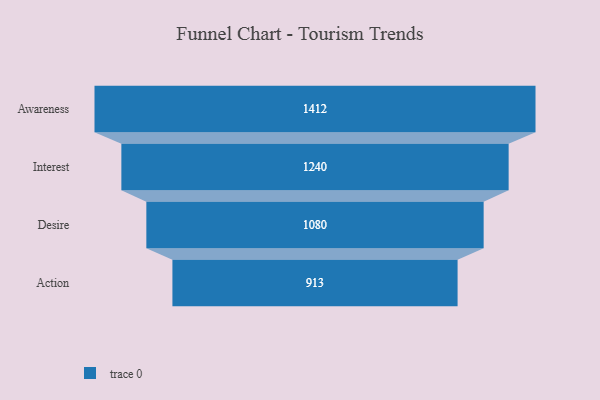
{"axis": {"x": "Stage", "y": "Value"}, "legend": [""], "data": [{"x": "Awareness", "y": 1412.0, "type": ""}, {"x": "Interest", "y": 1240.0, "type": ""}, {"x": "Desire", "y": 1080.0, "type": ""}, {"x": "Action", "y": 913.0, "type": ""}]}